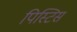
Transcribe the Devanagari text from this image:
पिस्टिस